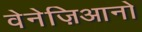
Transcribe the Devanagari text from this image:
वेनेज़िआनो